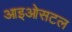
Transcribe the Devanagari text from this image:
आइओसटल